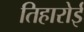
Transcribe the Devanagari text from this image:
तिहारोई